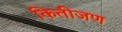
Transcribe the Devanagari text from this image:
कितीजण